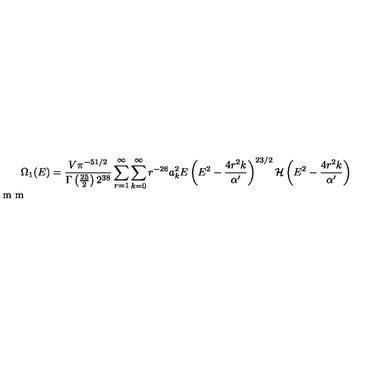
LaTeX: \Omega _ { 1 } ( E ) = \frac { V \pi ^ { - 5 1 / 2 } } { \Gamma \left( \frac { 2 5 } { 2 } \right) 2 ^ { 3 8 } } \sum _ { r = 1 } ^ { \infty } \sum _ { k = 0 } ^ { \infty } r ^ { - 2 6 } a _ { k } ^ { 2 } E \left( E ^ { 2 } - \frac { 4 r ^ { 2 } k } { \alpha ^ { \prime } } \right) ^ { 2 3 / 2 } { \cal H } \left( E ^ { 2 } - \frac { 4 r ^ { 2 } k } { \alpha ^ { \prime } } \right) \vspace { 4 m m }